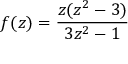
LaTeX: f ( z ) = \frac { z ( z ^ { 2 } - 3 ) } { 3 z ^ { 2 } - 1 }